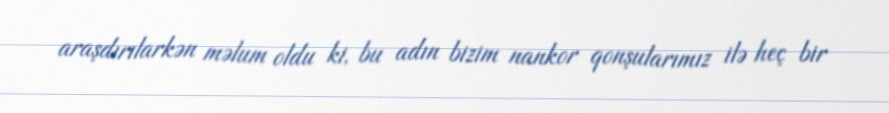
araşdırılarkən məlum oldu ki, bu adın bizim nankor qonşularımız ilə heç bir